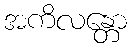
အကိလန္တော